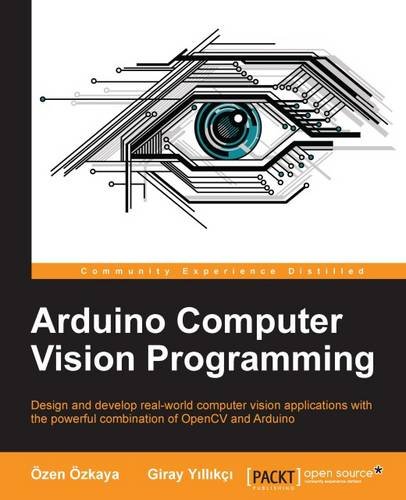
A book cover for Arduino Computer Vision Programming; Ozen Ozkaya; Computers & Technology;